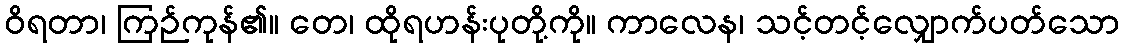
ဝိရတာ၊ ကြဉ်ကုန်၏။ တေ၊ ထိုရဟန်းပုတို့ကို။ ကာလေန၊ သင့်တင့်လျှောက်ပတ်သော